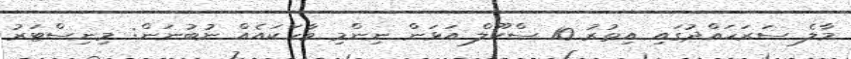
މާލެ ސަރަހައްދުގައި އިތުރު 10 ސްކޫލް އަޅަން ނިންމި ވާހަކައެއް ނުބުނަން: މިނިސްޓަރު